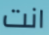
انت